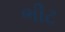
ભીટ